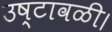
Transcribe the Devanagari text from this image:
उष्टावळी।